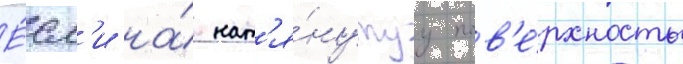
Е́сл'и на́ нат'я́нутуу пов'е́рхность